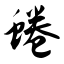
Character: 蜷